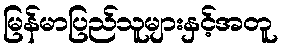
မြန်မာပြည်သူများနှင့်အတူ